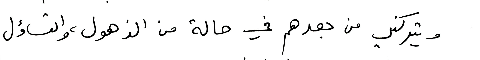
ويتركني من بعدهم في حالة من الذهول، والتساؤل